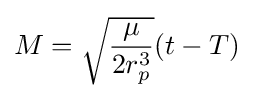
M={\sqrt {\frac {\mu }{2r_{p}^{3}}}}(t-T)